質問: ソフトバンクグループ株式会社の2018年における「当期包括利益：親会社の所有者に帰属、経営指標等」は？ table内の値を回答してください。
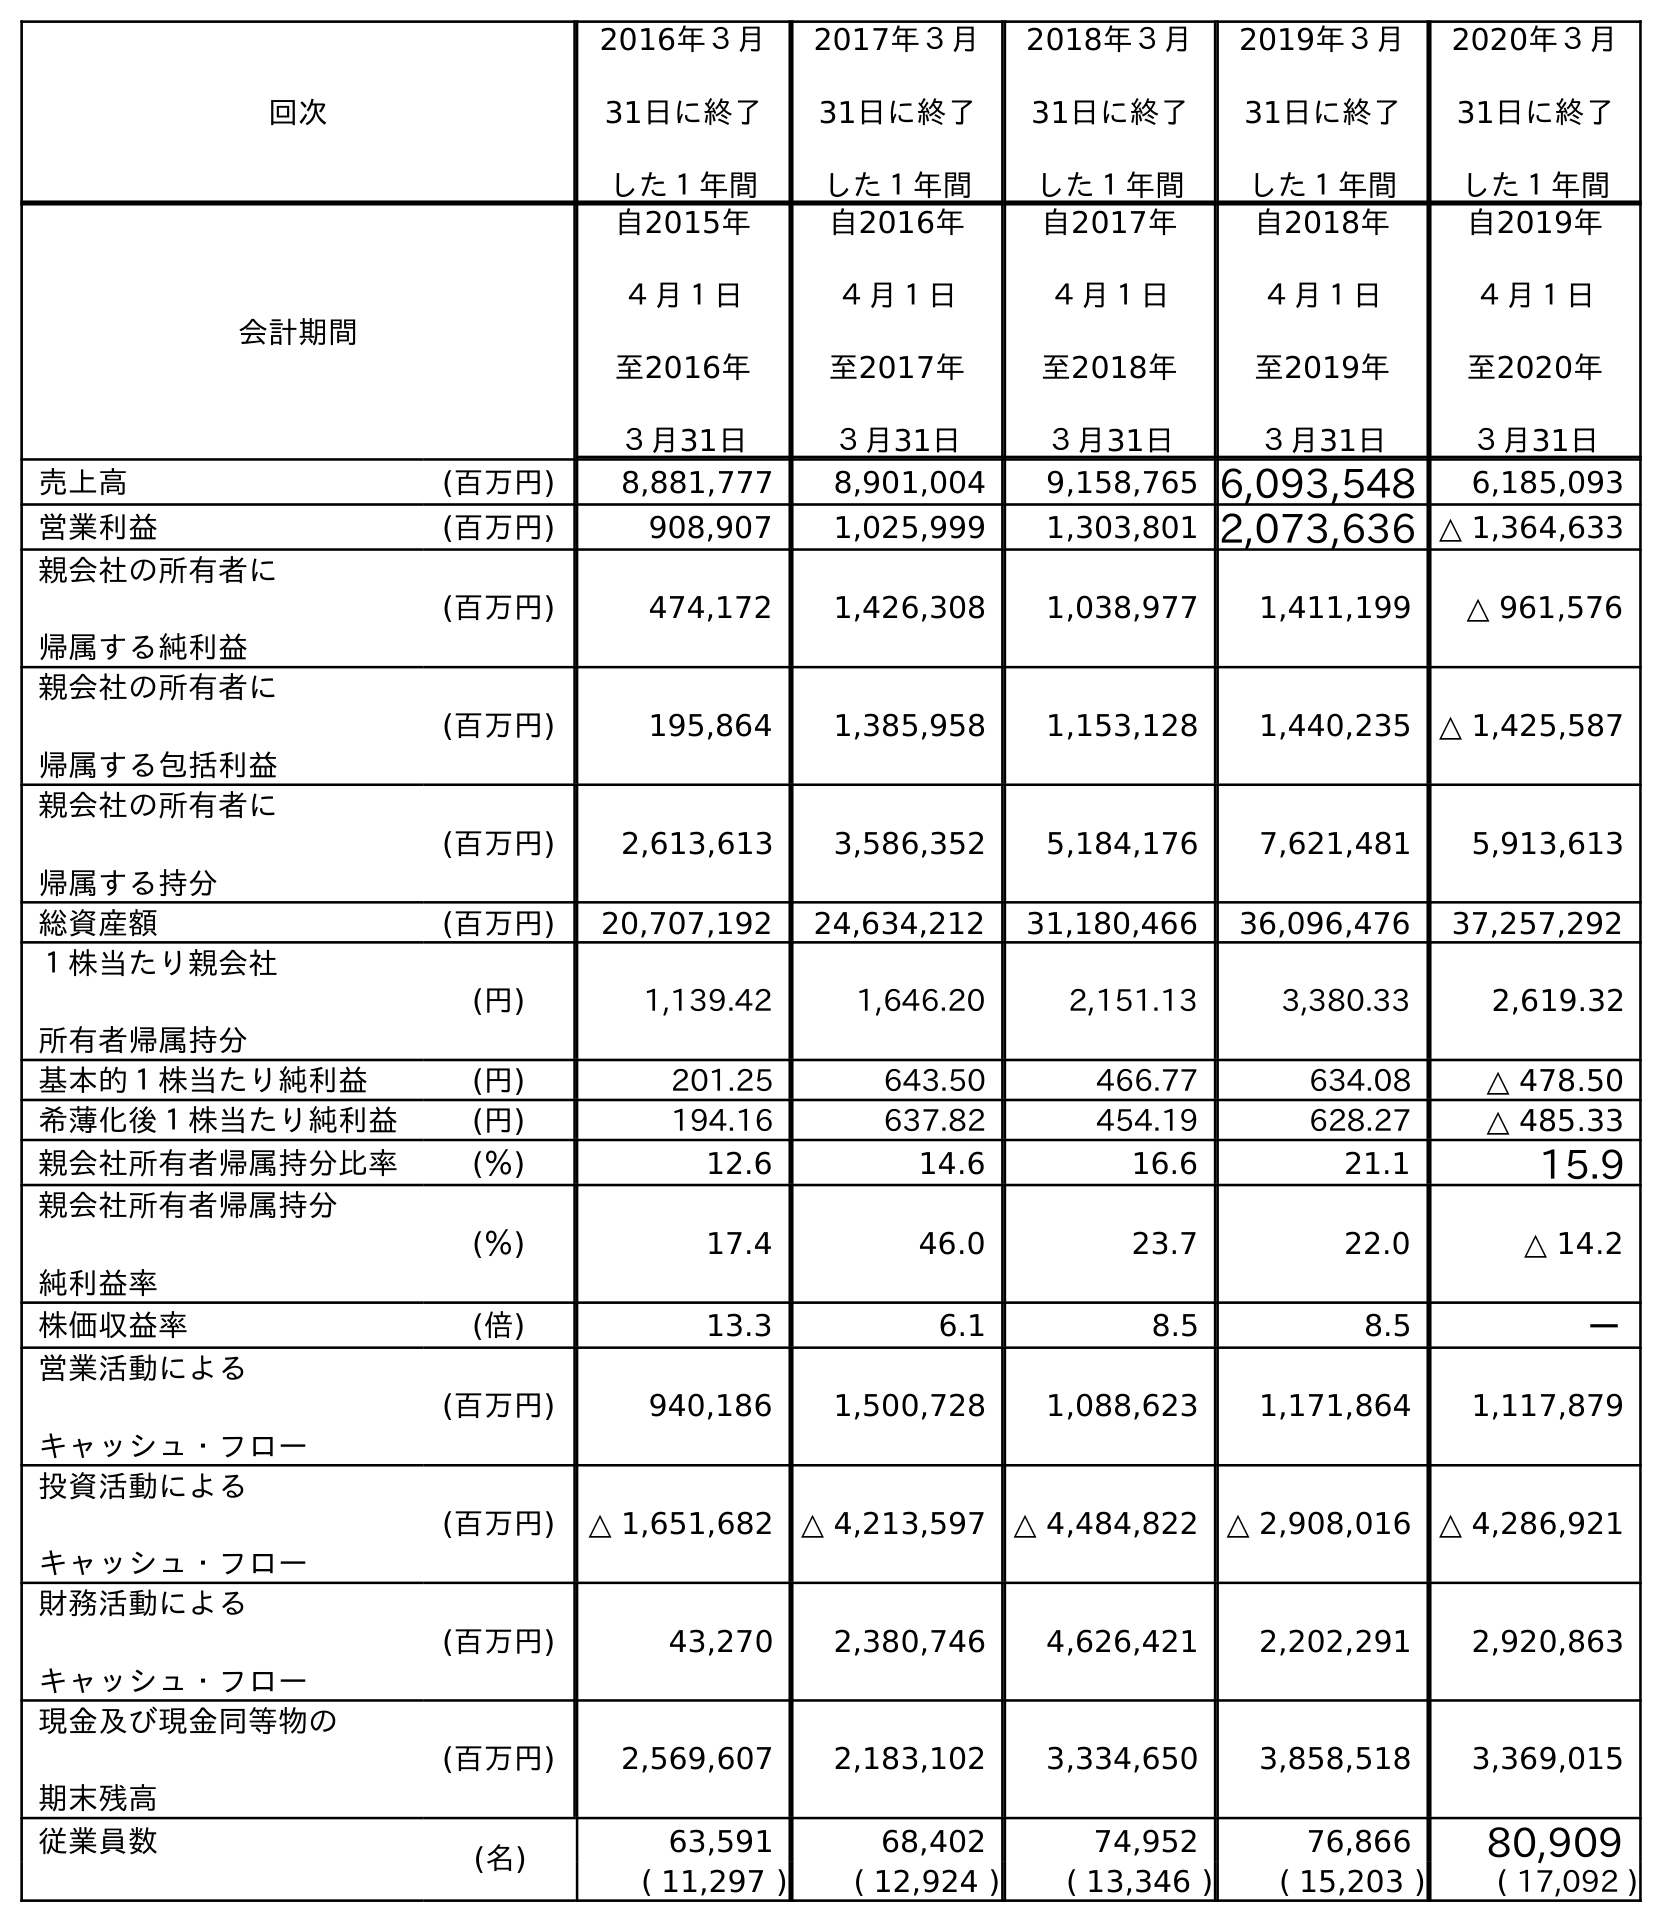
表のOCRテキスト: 回次 2016年３月 31日に終了 した１年間 2017年３月 31日に終了 した１年間 2018年３月 31日に終了 した１年間 2019年３月 31日に終了 した１年間 2020年３月 31日に終了 した１年間 会計期間 自2015年 ４月１日 至2016年 ３月31日 自2016年 ４月１日 至2017年 ３月31日 自2017年 ４月１日 至2018年 ３月31日 自2018年 ４月１日 至2019年 ３月31日 自2019年 ４月１日 至2020年 ３月31日 売上高 (百万円) 8,881,777 8,901,004 9,158,765 6,093,548 6,185,093 営業利益 (百万円) 908,907 1,025,999 1,303,801 2,073,636 △ 1,364,633 親会社の所有者に 帰属する純利益 (百万円) 474,172 1,426,308 1,038,977 1,411,199 △ 961,576 親会社の所有者に 帰属する包括利益 (百万円) 195,864 1,385,958 1,153,128 1,440,235 △ 1,425,587 親会社の所有者に 帰属する持分 (百万円) 2,613,613 3,586,352 5,184,176 7,621,481 5,913,613 総資産額 (百万円) 20,707,192 24,634,212 31,180,466 36,096,476 37,257,292 １株当たり親会社 所有者帰属持分 (円) 1,139.42 1,646.20 2,151.13 3,380.33 2,619.32 基本的１株当たり純利益 (円) 201.25 643.50 466.77 634.08 △ 478.50 希薄化後１株当たり純利益 (円) 194.16 637.82 454.19 628.27 △ 485.33 親会社所有者帰属持分比率 (％) 12.6 14.6 16.6 21.1 15.9 親会社所有者帰属持分 純利益率 (％) 17.4 46.0 23.7 22.0 △ 14.2 株価収益率 (倍) 13.3 6.1 8.5 8.5 － 営業活動による キャッシュ・フロー (百万円) 940,186 1,500,728 1,088,623 1,171,864 1,117,879 投資活動による キャッシュ・フロー (百万円) △ 1,651,682 △ 4,213,597 △ 4,484,822 △ 2,908,016 △ 4,286,921 財務活動による キャッシュ・フロー (百万円) 43,270 2,380,746 4,626,421 2,202,291 2,920,863 現金及び現金同等物の 期末残高 (百万円) 2,569,607 2,183,102 3,334,650 3,858,518 3,369,015 従業員数 (名) 63,591 68,402 74,952 76,866 80,909 ( 11,297 ) ( 12,924 ) ( 13,346 ) ( 15,203 ) ( 17,092 )
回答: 1,153,128